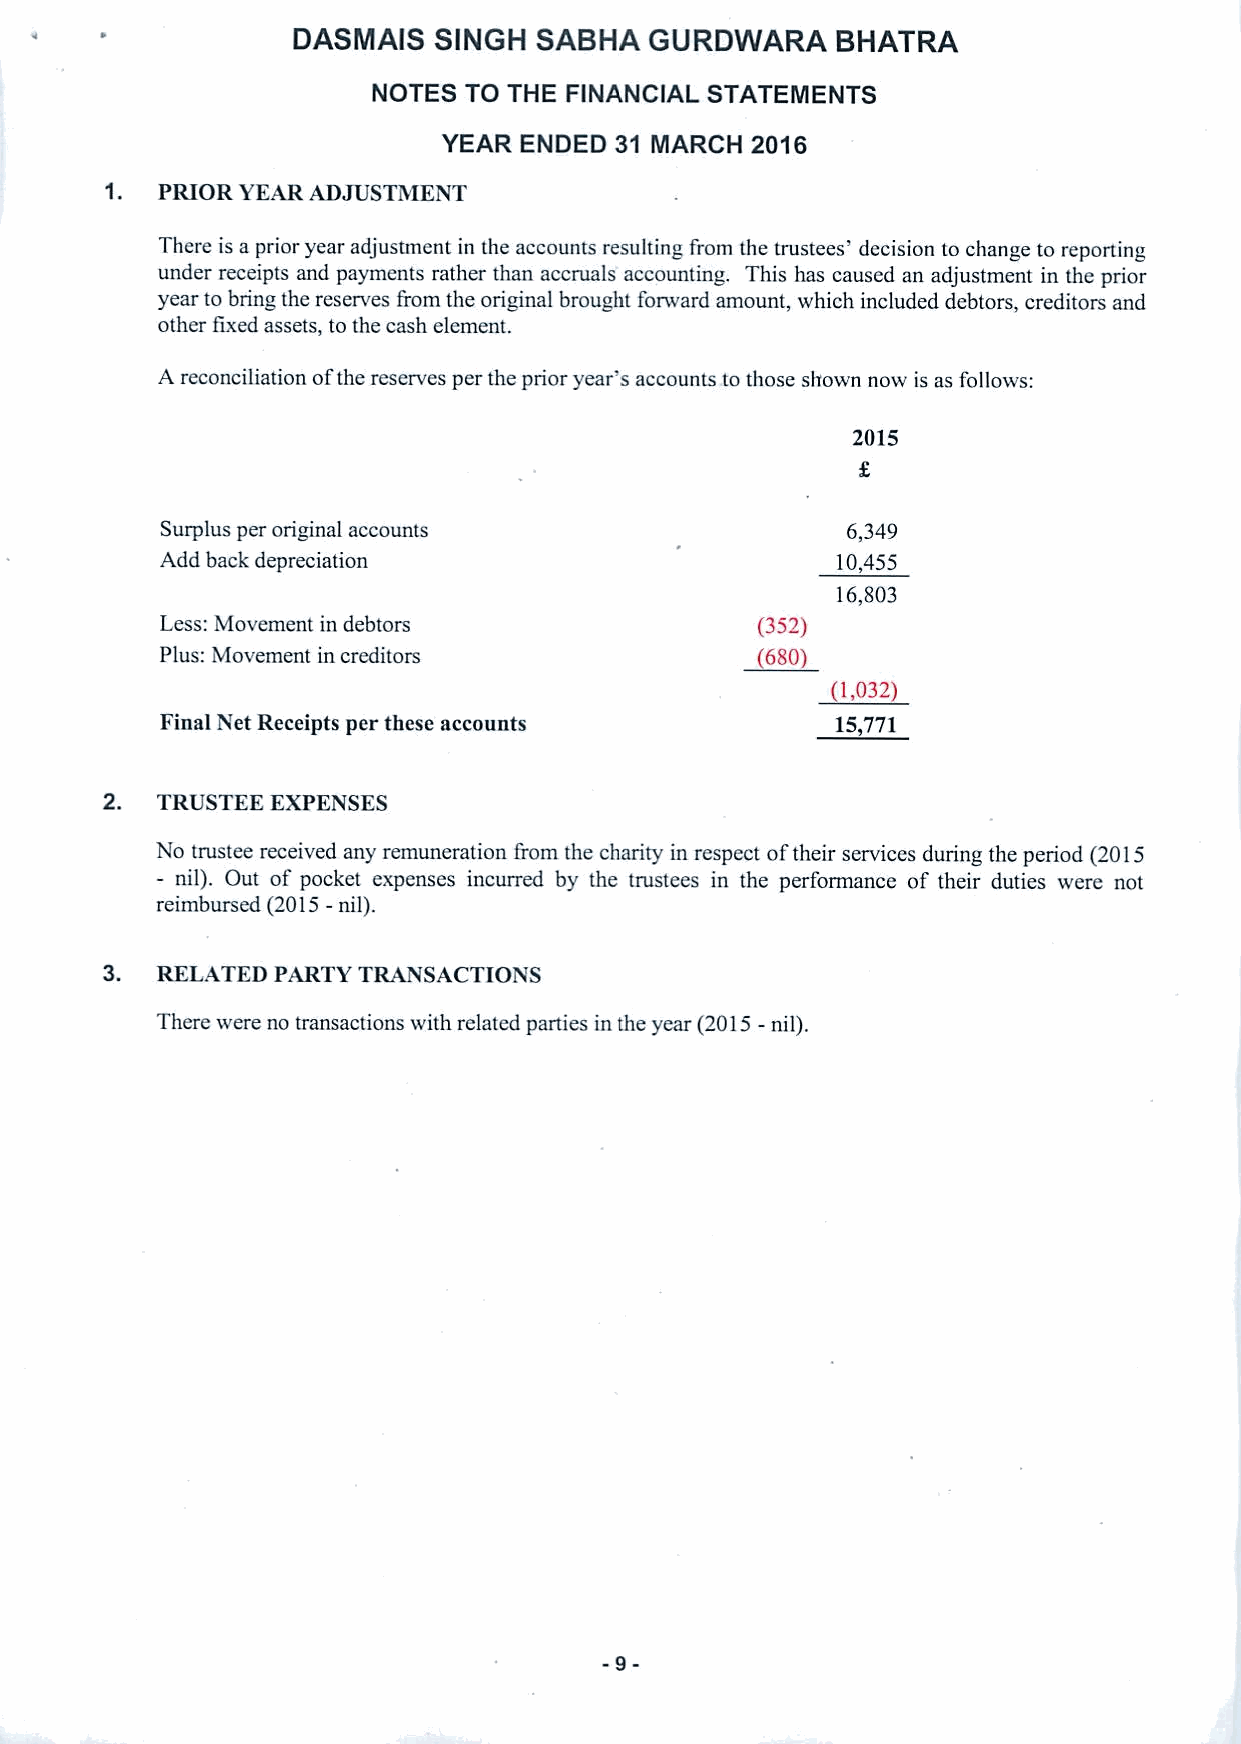
DASMAIS   SINGH SABHA   GURDWARA    BHATRA
 NOTES TO THE FINANCIAL STATEMENTS
 YEAR ENDED  31 MARCH 2016
 1. PRIOR YEAR ADJUSTMENT
 There is a prior year adjustment in the accounts resulting from the trustees' decision to change to reporting
 under receipts and payments rather than accruals accounting, This has caused an adjustment in the prior
 year to bring the reserves from the original brought forward amount, which included debtors, creditors and
 other fixed assets, to the cash element.
 A reconciliation ofthe reserves per the prior year's accounts to those shown now is as follows:
 2015
 Surplus per original accounts                6,349
 Add back depreciation                       10,455
 16,803
 Less: Movement in debtors              (352)
 Plus: Movement in creditors           ~680)
 ~1,032)
 Final Net Receipts per these accounts       15,771
 2. TRUSTEE EXPENSES
 No trustee received any remuneration &om the charity in respect oftheir services during the period (2015
 - nil). Out of pocket expenses incurred by the trustees in the performance of their duties were not
 reimbursed (2015-nil).
 3. RELATED PARTY TRANSACTIONS
 There were no transactions with related parties in the year (2015—nil).
 -9-